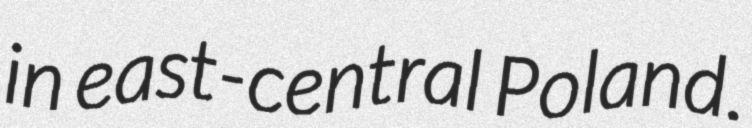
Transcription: in east-central Poland.